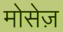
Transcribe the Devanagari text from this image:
मोसेज़